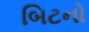
બિટનો